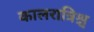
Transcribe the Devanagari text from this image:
कालरात्रिश्च